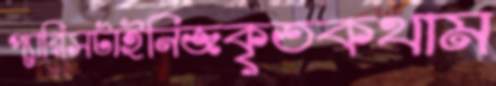
প্যারিসটাইনিজকৃতকথাম